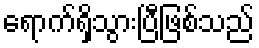
ရောက်ရှိသွားပြီဖြစ်သည်